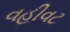
વહીવટ